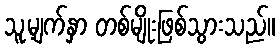
သူ့မျက်နှာ တစ်မျိုးဖြစ်သွားသည်။